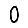
Digit: 0